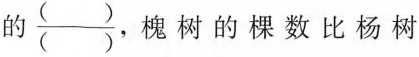
的\frac{( )}{( )},槐树的棵数比杨树